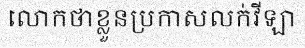
លោកថាខ្លួនប្រកាសលក់វីឡា